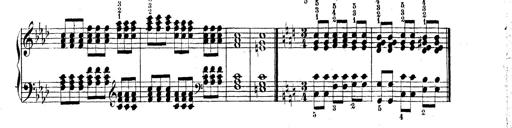
Title: Technische Studien
Composer: Franz Liszt